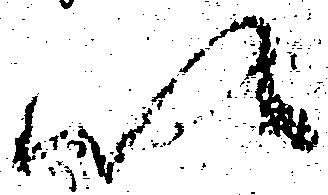
以